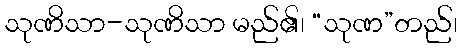
သုဏိသာ-သုဏိသာ မည်၏၊ “သုဏ”တည်၊